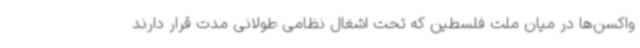
واکسن‌ها در میان ملت فلسطین که تحت اشغال نظامی طولانی مدت قرار دارند